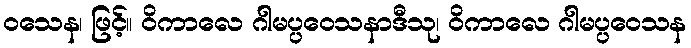
ဝသေန၊ ဖြင့်။ ဝိကာလေ ဂါမပ္ပဝေသနာဒီသု၊ ဝိကာလေ ဂါမပ္ပဝေသန